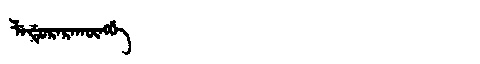
Manchu: ᠯᡝᡩᡠᡵᡝᡵᠠᡴᡡᠩᡤᡝ
Romanization: LEDURERAKŪNGGE